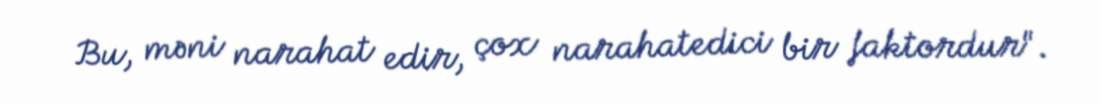
Bu, məni narahat edir, çox narahatedici bir faktordur".